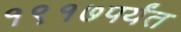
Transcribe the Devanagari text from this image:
१९१७पर्यंत